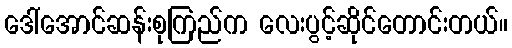
ဒေါ်အောင်ဆန်းစုကြည်က လေးပွင့်ဆိုင်တောင်းတယ်။